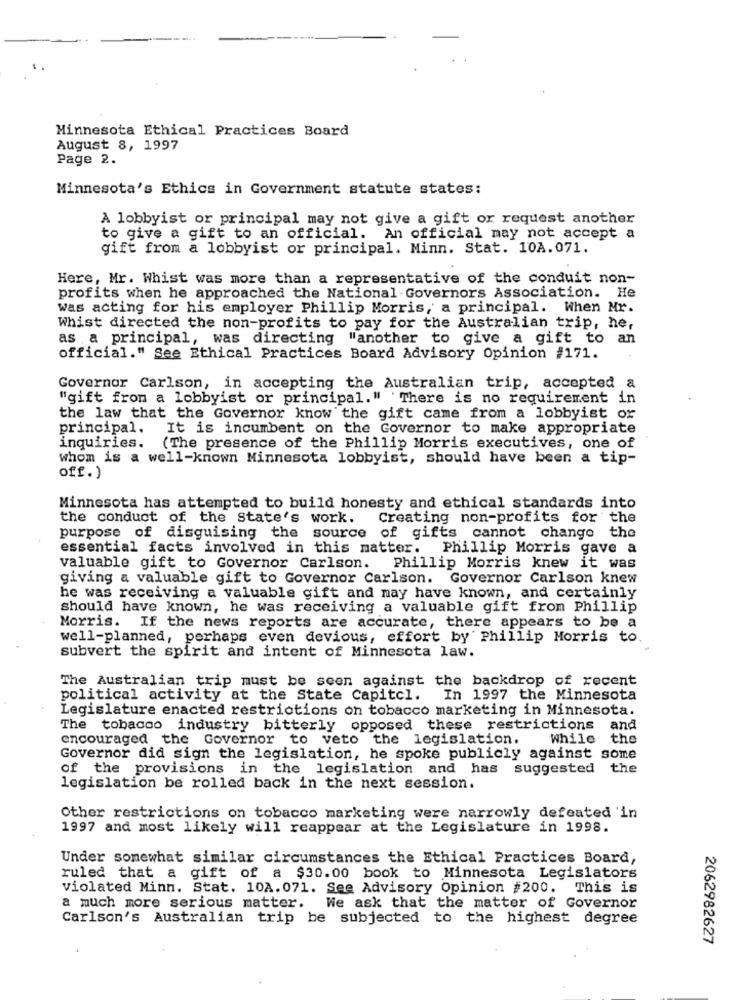
Minnesota Ethical Practices Board
August 8, 1997
Page 2.
Minnesota's Ethics in Government statute states:
A lobbyist or principal may not give a gift or request another
to give a gift to an official. An official may not accept a
gift from a lobbyist or principal. Minn. Stat. 10A. 071.
Here, Mr. Whist was more than a representative of the conduit non-
profits when he approached the National Governors Association. He
was acting for his employer Phillip Morris, a principal. When Mr.
Whist directed the non-profits to pay for the Australian trip, he,
as a principal, was directing
"another to give a gift to an
official." See Ethical Practices Board Advisory Opinion #171.
Governor Carlson, in accepting the Australian trip, accepted a
"gift from a lobbyist or principal." There is no requirement in
the law that the Governor know the gift came from a lobbyist or
principal.
It is incumbent on the Governor to make appropriate
inquiries.
(The presence of the Phillip Morris executives, one of
whom is a well-known Minnesota lobbyist, should have been a tip-
off.)
Minnesota has attempted to build honesty and ethical standards into
the conduct of the state's work.
Creating non-profits for the
purpose of disguising the source of gifts cannot change the
essential facts involved in this matter. Phillip Morris gave a
valuable gift to Governor Carlson. Phillip Morris knew it was
giving a valuable gift to Governor Carlson. Governor Carlson knew
he was receiving a valuable gift and may have known, and certainly
should have known, he was receiving a valuable gift from Phillip
Morris. If the news reports are accurate, there appears to be a
well-planned, perhaps even devious, effort by Phillip Morris to.
subvert the spirit and intent of Minnesota law.
The Australian trip must be seen against the backdrop of recent
political activity at the State Capitol. In 1997 the Minnesota
Legislature enacted restrictions on tobacco marketing in Minnesota.
The tobacco industry bitterly opposed these restrictions and
encouraged the Governor to veto the legislation.
While the
Governor did sign the legislation, he spoke publicly against some
of the provisions in the legislation and has suggested the
legislation be rolled back in the next session.
Other restrictions on tobacco marketing were narrowly defeated 'in
1997 and most likely will reappear at the Legislature in 1998.
Under somewhat similar circumstances the Ethical Practices Board,
ruled that a gift of a $30.00 book to Minnesota Legislators
violated Minn. Stat. 10A. 071. See Advisory Opinion #200. This is
a much more serious matter. We ask that the matter of Governor
Carlson's Australian trip be subjected to the highest degree
2062982627